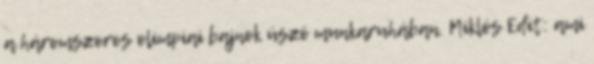
a háromszoros olimpiai bajnok úszó munkaruhában. Miklós Edit: ami